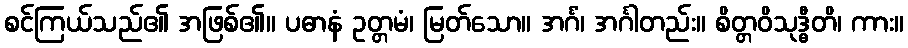
စင်ကြယ်သည်၏ အဖြစ်၏။ ပဓာနံ ဥတ္တမံ၊ မြတ်သော။ အင်္ဂံ၊ အင်္ဂါတည်း။ စိတ္တဝိသုဒ္ဓီတိ၊ ကား။